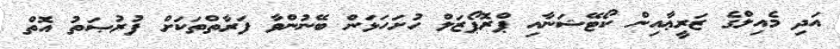
އަދި މެއިލްގެ ޒަރީޢާއިން ކޯޓޭޝަނާއި ޕްރޮޕޯޒަލް ހުށަހަޅަން ބޭނުންވާ ފަރާތްތަކަށް ފުރުޞަތު އޮތް